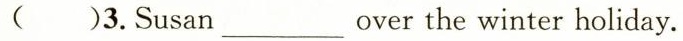
( )3.Susan ___ over the winter holiday.